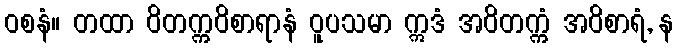
ဝစနံ။ တထာ ဝိတက္ကဝိစာရာနံ ဝူပသမာ ဣဒံ အဝိတက္ကံ အဝိစာရံ, န